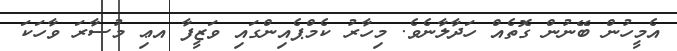
އެމީހުން ބޭނުން ގޮތެއް ހަދާލާނެވެ. މިހާރު ކެމްޕެއިންގައި ވަޒީފާ އޢި މުސާރަ ވާހަކަ